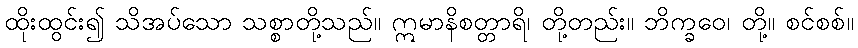
ထိုးထွင်း၍ သိအပ်သော သစ္စာတို့သည်။ ဣမာနိစတ္တာရိ၊ တို့တည်း။ ဘိက္ခဝေ၊ တို့။ စင်စစ်။